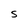
Character: S